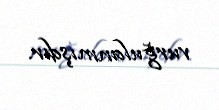
vurğulanmışdır.